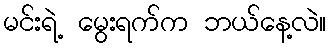
မင်းရဲ့ မွေးရက်က ဘယ်နေ့လဲ။